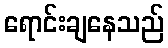
ရောင်းချနေသည်